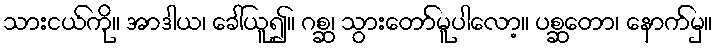
သားငယ်ကို။ အာဒါယ၊ ခေါ်ယူ၍။ ဂစ္ဆ၊ သွားတော်မူပါလော့။ ပစ္ဆတော၊ နောက်မှ။